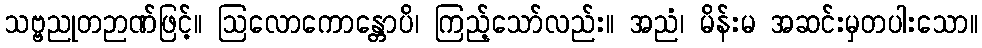
သဗ္ဗညုတဉာဏ်ဖြင့်။ ဩလောကောန္တောပိ၊ ကြည့်သော်လည်း။ အညံ၊ မိန်းမ အဆင်းမှတပါးသော။